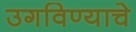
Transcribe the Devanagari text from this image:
उगविण्याचे